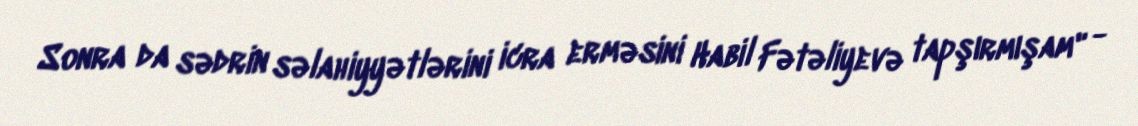
Sonra da sədrin səlahiyyətlərini icra erməsini Habil Fətəliyevə tapşırmışam" -